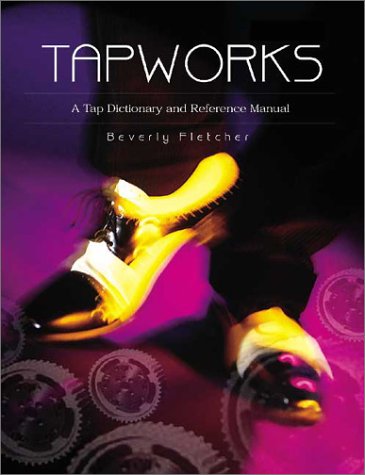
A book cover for Tapworks: A Tap Dictionary and Reference Manual; Beverly Fletcher; Humor & Entertainment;